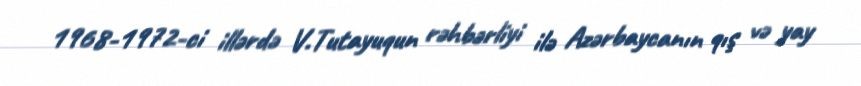
1968-1972-ci illərdə V.Tutayuqun rəhbərliyi ilə Azərbaycanın qış və yay